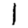
Digit: 1